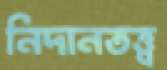
নিদানতত্ত্ব